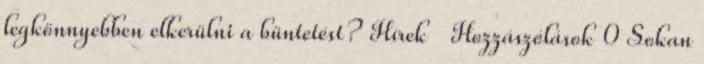
legkönnyebben elkerülni a büntetést? Hírek Hozzászólások 0 Sokan